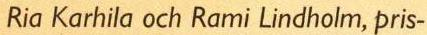
Ria Karhila och Rami Lindholm, pris-